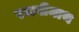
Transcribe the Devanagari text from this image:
रजनीनाथ